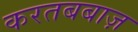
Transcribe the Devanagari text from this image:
करतबबाज़